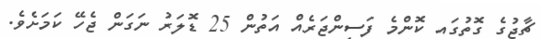
ޗާޖުގެ ގޮތުގައި ކޮންމެ ފަސިންޖަރެއް އަތުން 25 ޑޮލަރު ނަގަން ޖެހޭ ކަމަށެވެ.